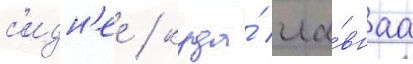
с'идн'ее / куда́ гла́внаа